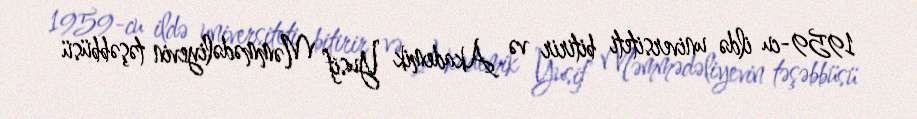
1959-cu ildə universiteti bitirir və Akademik Yusif Məmmədəliyevin təşəbbüsü